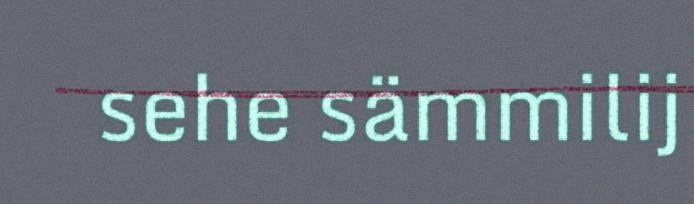
sehe sämmilij